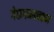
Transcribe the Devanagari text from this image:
गेरूगमबक्कम